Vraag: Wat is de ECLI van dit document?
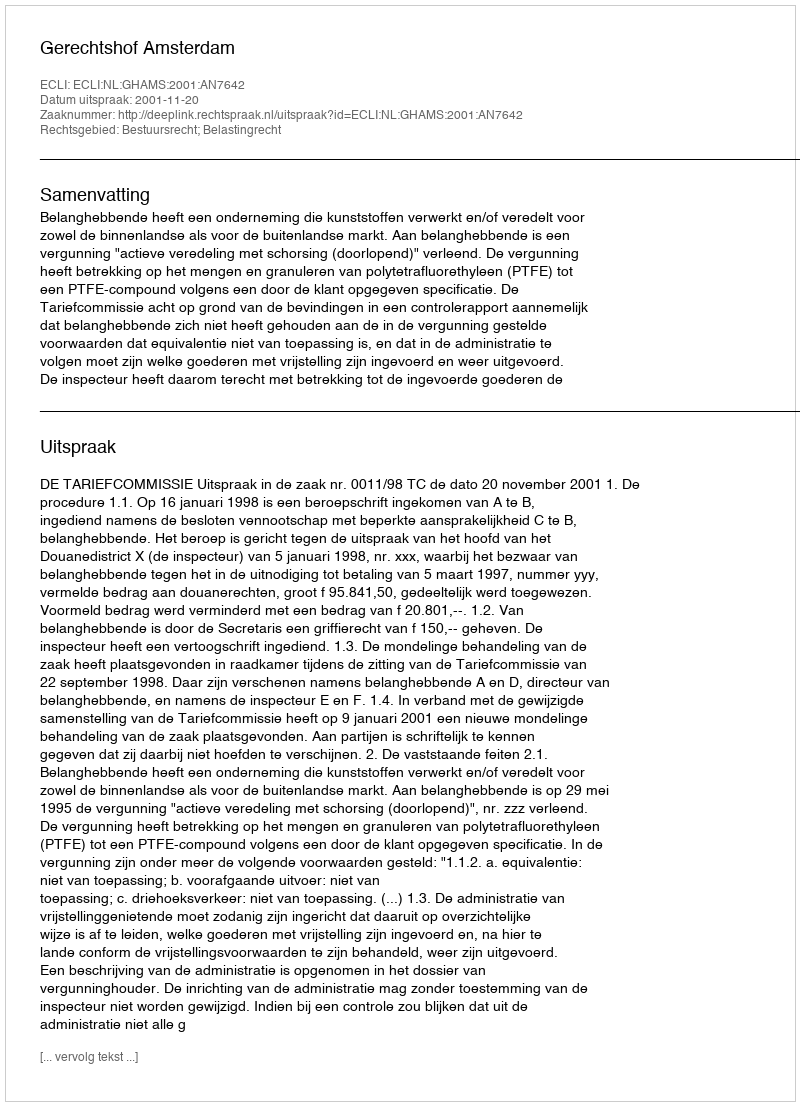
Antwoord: ECLI:NL:GHAMS:2001:AN7642